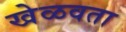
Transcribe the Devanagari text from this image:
खेळवता